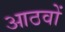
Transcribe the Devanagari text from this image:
आठवों